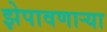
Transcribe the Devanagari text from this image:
झेपावणाऱ्या